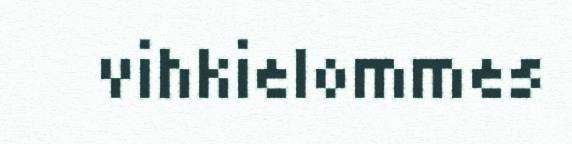
vihkielommes